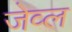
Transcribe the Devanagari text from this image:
जेव्ल